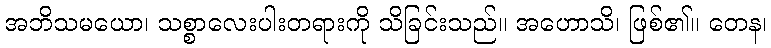
အဘိသမယော၊ သစ္စာလေးပါးတရားကို သိခြင်းသည်။ အဟောသိ၊ ဖြစ်၏။ တေန၊